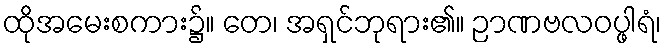
ထိုအမေးစကား၌။ တေ၊ အရှင်ဘုရား၏။ ဉာဏဗလဝပ္ဖါရံ၊